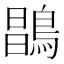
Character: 𪂇